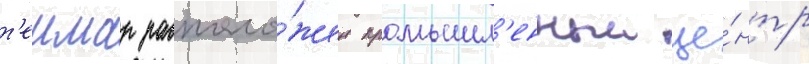
т'еимар располо́жен промышл'енныи це́нтр